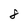
Character: 8